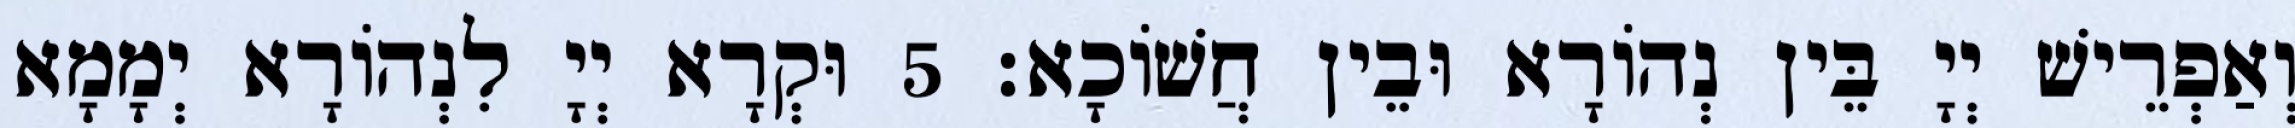
וְאַפְרֵישׁ יְיָ בֵּין נְהוֹרָא וּבֵין חֲשׁוֹכָא׃ 5 וּקְרָא יְיָ לִנְהוֹרָא יְמָמָא